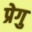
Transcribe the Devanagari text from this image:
प्रेगु